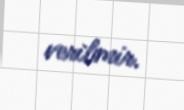
verilmir.